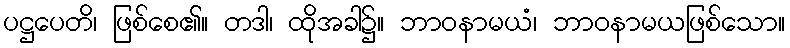
ပဋ္ဌပေတိ၊ ဖြစ်စေ၏။ တဒါ၊ ထိုအခါ၌။ ဘာဝနာမယံ၊ ဘာဝနာမယဖြစ်သော။